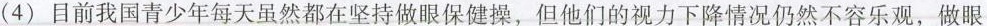
( 4 ) 目前我国青少年每天虽然都在坚持做眼保健操，但他们的视力下降情况仍然不容乐观，做眼